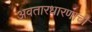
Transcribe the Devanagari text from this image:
अवतारधारणाची